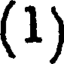
(1)